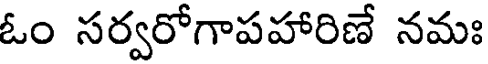
ఓం సర్వరోగాపహారిణే నమః